EELK_Kaarma_kogudus, lk 53
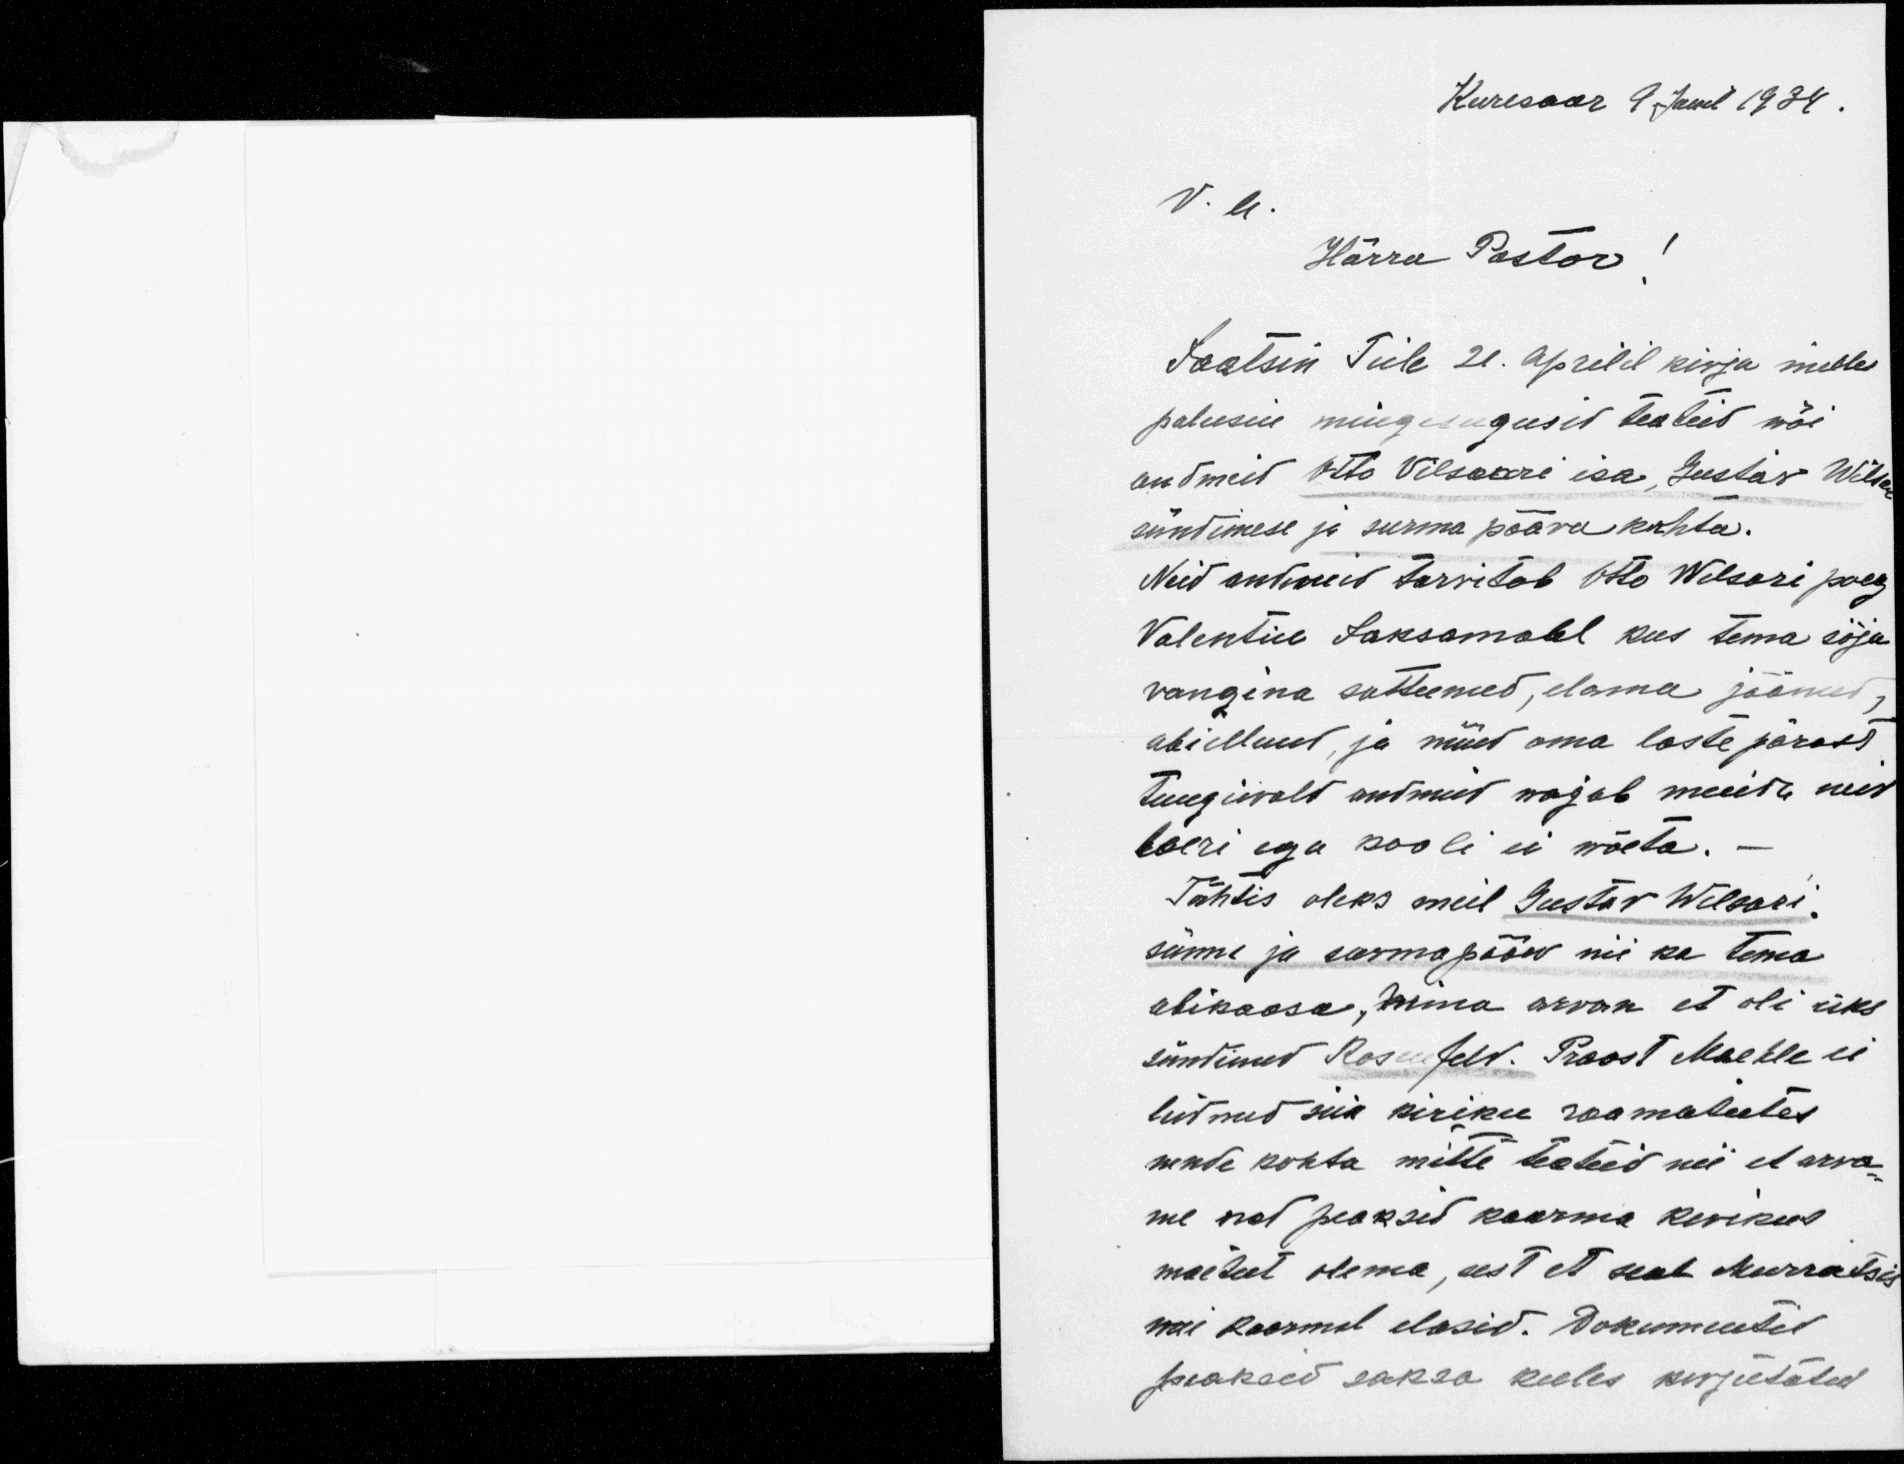
Kuresaar 9. Juul 1934.

V. a.
Härra Pastor!
Saatsin Teile 21. aprilil kirja milles
palusin mingisugusid teateid või
andmeid Otto Vilsaare isa, Gustav Willem
sündimese ja surma pääva kohta.
Neid andmeid tarvitab Otto Welsari poeg
Valentin Saksamahl kus tema sõja-
vangina satteenud, elama jäänud.
abiellnud, ja nüüd oma laste pärast
tungiwald andmeid wajab muidu neid
koeri ega kooli ei wõeta. -
Tähtis oleks meil Gustav Welsari
sünni ja surmapääw nii ka tema
abikaasa, mina arvan et oli üks
sündinud Rosenfeld. Praost Maekle ei
leidnud siin kiriku raamatutes
nende kohta mitte teateid nii et arva
me nad peaksid kaarma kirikus
maetut olema, sest et seal Murratsis
wai Roosmal elasid. Dokumentid.
peaksid saksa keeles kirjutatud